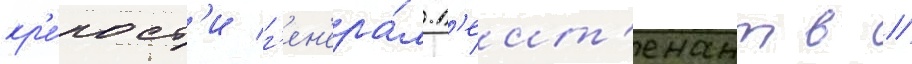
кр'е́пост'и г'ен'ера́л-л'еит'енант в //